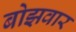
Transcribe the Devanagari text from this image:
बोझवार